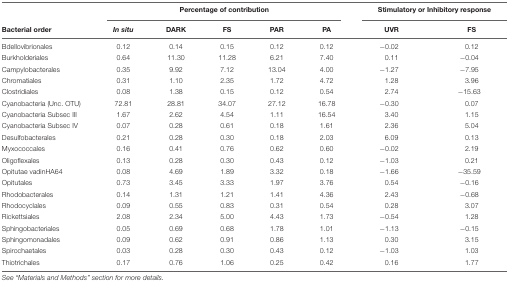
<table><thead><tr><td></td><td colspan="5"><b>Percentage of contribution</b></td><td colspan="2"><b>Stimulatory or Inhibitory response</b></td></tr><tr><td><b>Bacterial order</b></td><td><b><i>In situ</i></b></td><td><b>DARK</b></td><td><b>FS</b></td><td><b>PAR</b></td><td><b>PA</b></td><td><b>UVR</b></td><td><b>FS</b></td></tr></thead><tbody><tr><td>Bdellovibrionales</td><td>0.12</td><td>0.14</td><td>0.15</td><td>0.12</td><td>0.12</td><td>-0.02</td><td>0.12</td></tr><tr><td>Burkholderiales</td><td>0.64</td><td>11.30</td><td>11.28</td><td>6.21</td><td>7.40</td><td>0.11</td><td>-0.04</td></tr><tr><td>Campylobacterales</td><td>0.35</td><td>9.92</td><td>7.12</td><td>13.04</td><td>4.00</td><td>-1.27</td><td>-7.95</td></tr><tr><td>Chromatiales</td><td>0.31</td><td>1.10</td><td>2.35</td><td>1.72</td><td>4.72</td><td>1.28</td><td>3.96</td></tr><tr><td>Clostridiales</td><td>0.08</td><td>1.38</td><td>0.15</td><td>0.12</td><td>0.54</td><td>2.74</td><td>-15.63</td></tr><tr><td>Cyanobacteria (Unc. OTU)</td><td>72.81</td><td>28.81</td><td>34.07</td><td>27.12</td><td>16.78</td><td>-0.30</td><td>0.07</td></tr><tr><td>Cyanobacteria Subsec III</td><td>1.67</td><td>2.62</td><td>4.54</td><td>1.11</td><td>16.54</td><td>3.40</td><td>1.15</td></tr><tr><td>Cyanobacteria Subsec IV</td><td>0.07</td><td>0.28</td><td>0.61</td><td>0.18</td><td>1.61</td><td>2.36</td><td>5.04</td></tr><tr><td>Desulfobacterales</td><td>0.21</td><td>0.28</td><td>0.30</td><td>0.18</td><td>2.03</td><td>6.09</td><td>0.13</td></tr><tr><td>Myxococcales</td><td>0.16</td><td>0.41</td><td>0.76</td><td>0.62</td><td>0.60</td><td>-0.02</td><td>2.19</td></tr><tr><td>Oligoflexales</td><td>0.13</td><td>0.28</td><td>0.30</td><td>0.43</td><td>0.12</td><td>-1.03</td><td>0.21</td></tr><tr><td>Opitutae vadinHA64</td><td>0.08</td><td>4.69</td><td>1.89</td><td>3.32</td><td>0.18</td><td>-1.66</td><td>-35.59</td></tr><tr><td>Opitutales</td><td>0.73</td><td>3.45</td><td>3.33</td><td>1.97</td><td>3.76</td><td>0.54</td><td>-0.16</td></tr><tr><td>Rhodobacterales</td><td>0.14</td><td>1.31</td><td>1.21</td><td>1.41</td><td>4.36</td><td>2.43</td><td>-0.68</td></tr><tr><td>Rhodocyclales</td><td>0.09</td><td>0.55</td><td>0.83</td><td>0.31</td><td>0.54</td><td>0.28</td><td>3.07</td></tr><tr><td>Rickettsiales</td><td>2.08</td><td>2.34</td><td>5.00</td><td>4.43</td><td>1.73</td><td>-0.54</td><td>1.28</td></tr><tr><td>Sphingobacteriales</td><td>0.05</td><td>0.69</td><td>0.68</td><td>1.78</td><td>1.01</td><td>-1.13</td><td>-0.15</td></tr><tr><td>Sphingomonadales</td><td>0.09</td><td>0.62</td><td>0.91</td><td>0.86</td><td>1.13</td><td>0.30</td><td>3.15</td></tr><tr><td>Spirochaetales</td><td>0.03</td><td>0.28</td><td>0.30</td><td>0.43</td><td>0.12</td><td>-1.03</td><td>1.03</td></tr><tr><td>Thiotrichales</td><td>0.17</td><td>0.76</td><td>1.06</td><td>0.25</td><td>0.42</td><td>0.16</td><td>1.77</td></tr></tbody></table>